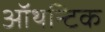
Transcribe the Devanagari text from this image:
ऑथन्टिक